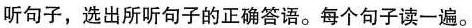
听句子,选出所听句子的正确答语。每个句子读一遍.。